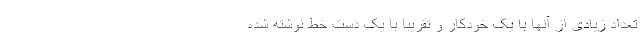
تعداد زیادی از آنها با یک خودکار و تقریبا با یک دست خط نوشته شده